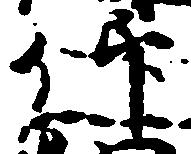
仰